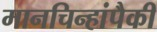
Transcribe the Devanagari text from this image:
मानचिन्हांपैकी